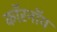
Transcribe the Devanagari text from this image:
कॉरनॉय